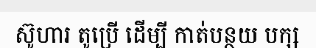
ស៊ូហារ តូប្រើ ដើម្បី កាត់បន្ថយ បក្ស